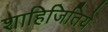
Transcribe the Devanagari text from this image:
शाहिजितिये